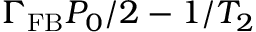
\Gamma _ { \mathrm { F B } } P _ { 0 } / 2 - 1 / T _ { 2 }